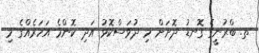
ތ. ބްރުނީގެ ގޮނޑު ދޮށަށް މި ދުވަސްކޮޅު އަދި ކޮންމެ އަހަރެއްގެ މި